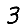
Digit: 3